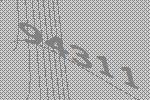
94311